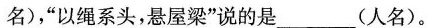
名)，”以绳系头，悬屋梁”说的是_________(人名)。